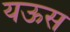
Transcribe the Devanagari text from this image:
यऊस